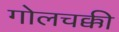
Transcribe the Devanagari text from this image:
गोलचक्की